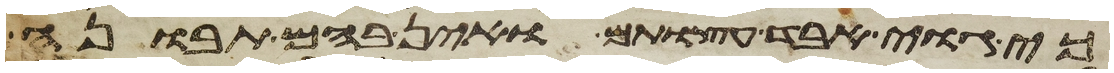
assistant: כי גוי אבד עצות הם ואין בהם תבונה